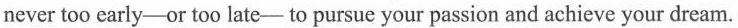
never too early-or too late-to pursue your passion and achieve your dream.